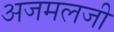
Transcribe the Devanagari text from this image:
अजमलजी